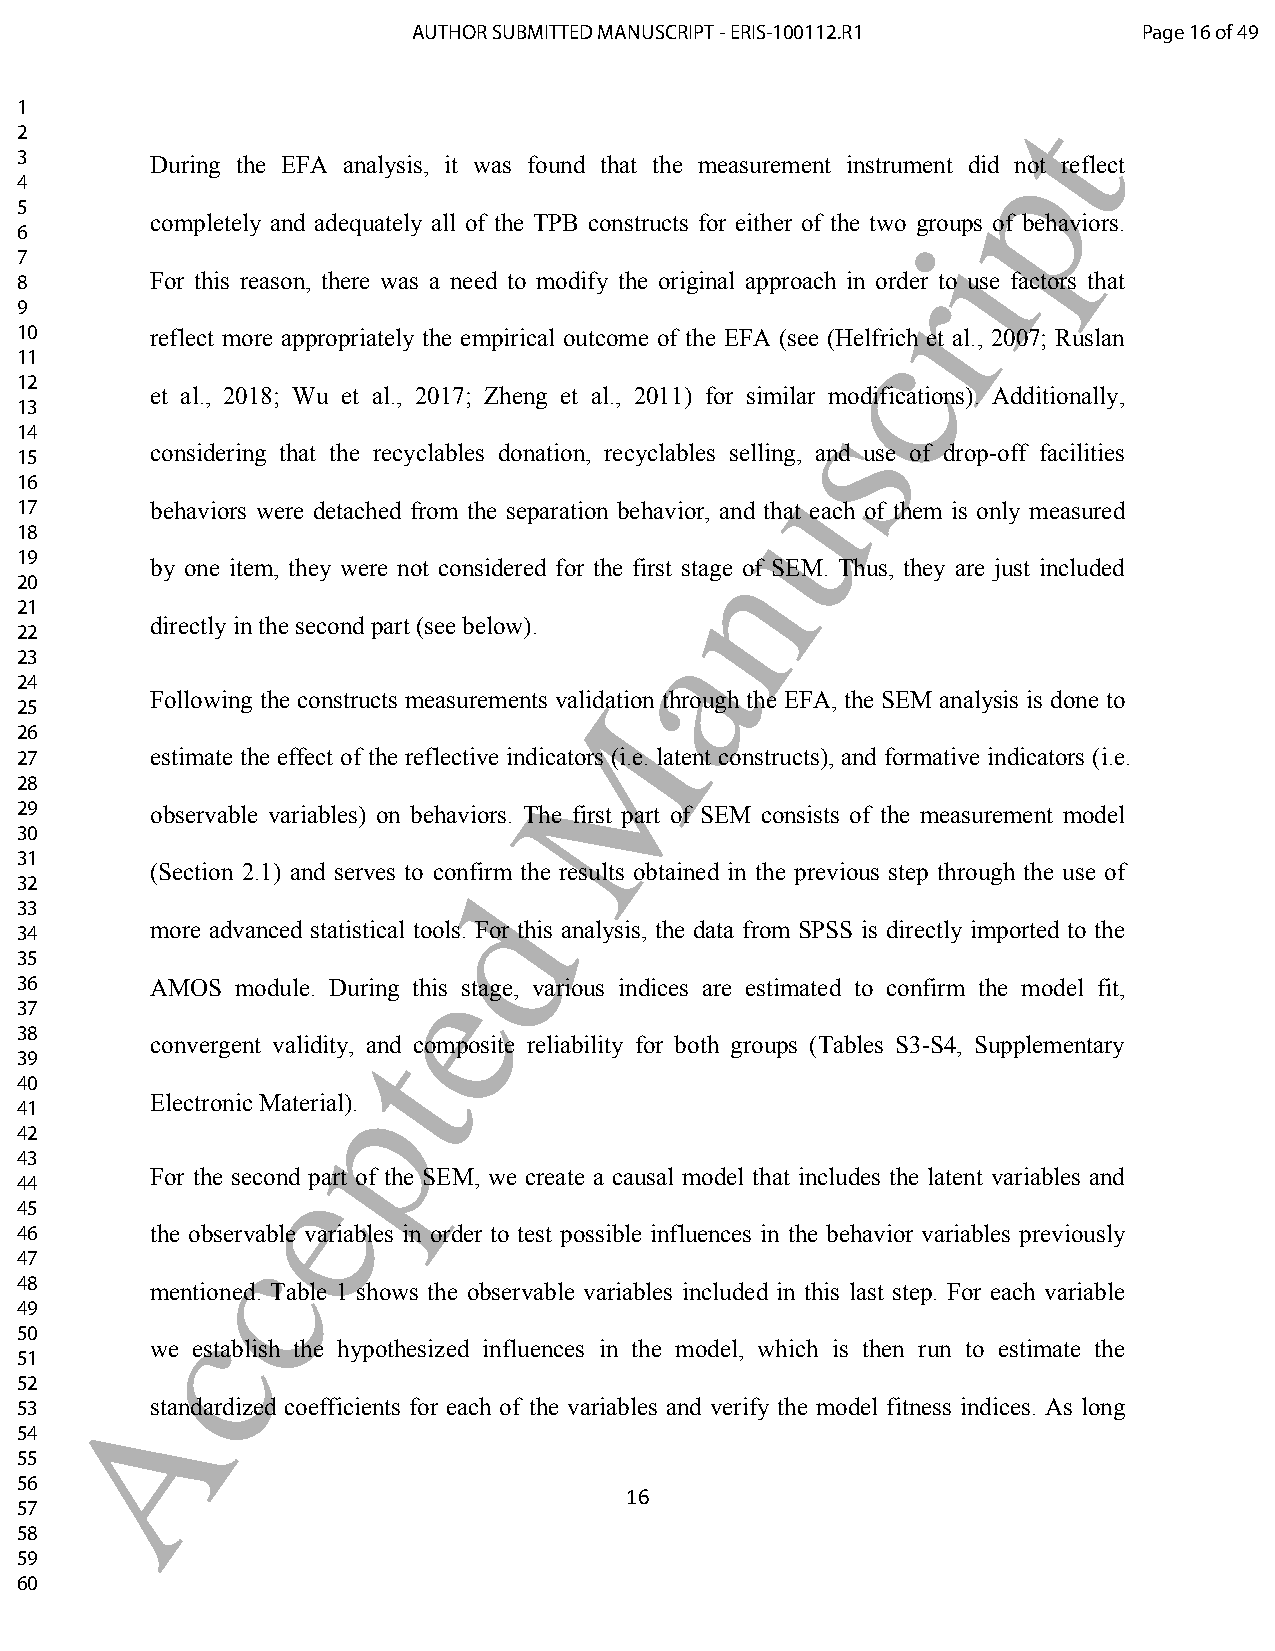
AUTHOR SUBMITTED MANUSCRIPT - ERIS-100112.R1     Page 16 of 49
 1                                                                 t
 2
 p
 3        During the EFA analysis, it was found that the measurement instrument did not reflect
 4
 5
 completely and adequately all of the TPB constructs for either of the two groups of behaviors.
 6                                                           i
 7
 8        For this reason, there was a need to modify the original approach in orrder to use factors that
 9
 10       reflect more appropriately the empirical outcome of the EFA (see (Hc elfrich et al., 2007; Ruslan
 11
 12
 et al., 2018; Wu et al., 2017; Zheng et al., 2011) for similar modifications). Additionally,
 s
 13
 14
 considering that the recyclables donation, recyclables selling, and use of drop-off facilities
 15
 u
 16
 17       behaviors were detached from the separation behavior, and that each of them is only measured
 18
 n
 19
 by one item, they were not considered for the first stage of SEM. Thus, they are just included
 20
 21
 directly in the second part (see below). a
 22
 23
 24
 Following the constructs measurements valiMdation through the EFA, the SEM analysis is done to
 25
 26
 27       estimate the effect of the reflective indicators (i.e. latent constructs), and formative indicators (i.e.
 28
 29       observable variables) on behaviors. The first part of SEM consists of the measurement model
 30
 31
 (Section 2.1) and serves to confirm the results obtained in the previous step through the use of
 32                           d
 33
 34       more advanced statistical tools. For this analysis, the data from SPSS is directly imported to the
 35
 e
 36       AMOS  module. During this stage, various indices are estimated to confirm the model fit,
 37
 38       convergent validity,t and composite reliability for both groups (Tables S3-S4, Supplementary
 39
 40                  p
 Electronic Material).
 41
 42
 43               e
 For the second part of the SEM, we create a causal model that includes the latent variables and
 44
 45
 46       the obscervable variables in order to test possible influences in the behavior variables previously
 47
 48       mentioned. Table 1 shows the observable variables included in this last step. For each variable
 49        c
 50
 we establish the hypothesized influences in the model, which is then run to estimate the
 51
 52     A
 53       standardized coefficients for each of the variables and verify the model fitness indices. As long
 54
 55
 56
 16
 57
 58
 59
 60